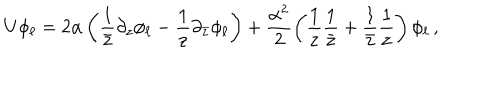
U \phi _ { \ell } = 2 \alpha \left( { \tt \frac { 1 } { \bar { z } } } \partial _ { z } \phi _ { \ell } - { \tt \frac { 1 } { z } } \partial _ { \bar { z } } \phi _ { \ell } \right) + \frac { \alpha ^ { 2 } } { 2 } \left( { \tt \frac { 1 } { z } { \tt \frac { 1 } { \bar { z } } } } + { \tt \frac { 1 } { \bar { z } } } { \tt \frac { 1 } { z } } \right) \phi _ { \ell } \, ,